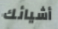
أشيائك